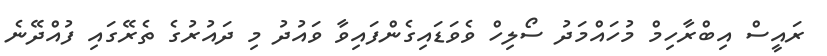
ރައީސް އިބްރާހިމް މުހައްމަދު ސޯލިހް ވެވަޑައިގެންފައިވާ ވައުދު މި ދައުރުގެ ތެރޭގައި ފުއްދޭނެ